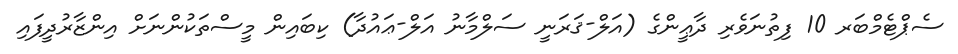
ސެޕްޓެމްބަރ 10 ފިތުނަވެރި ދާޢީންގެ (އަލް-ޤަރަނީ ސަލްމާނު އަލް-ޢައުދާ) ކިބައިން މީސްތަކުންނަށް އިންޒާރުދީފައި